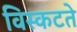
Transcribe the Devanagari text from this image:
विस्कटते